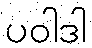
ပဝါဒါ